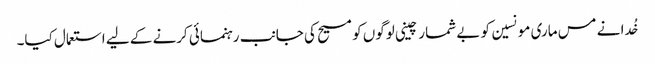
خُدا نے مس ماری مونسین کو بے شمار چینی لوگوں کو مسیح کی جانب رہنمائی کرنے کے لیے استعمال کیا۔